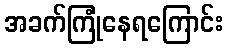
အခက်ကြုံနေရကြောင်း